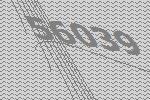
56039